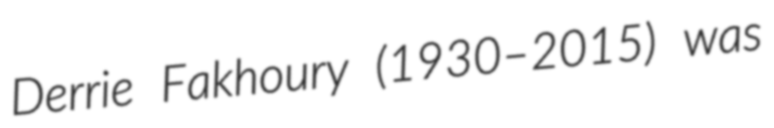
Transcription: Derrie Fakhoury (1930–2015) was